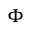
\Phi